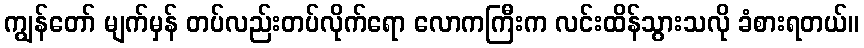
ကျွန်တော် မျက်မှန် တပ်လည်းတပ်လိုက်ရော လောကကြီးက လင်းထိန်သွားသလို ခံစားရတယ်။